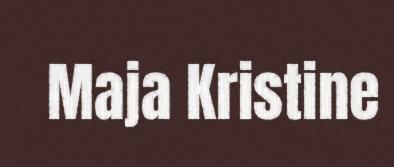
Maja Kristine